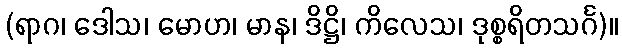
(ရာဂ၊ ဒေါသ၊ မောဟ၊ မာန၊ ဒိဋ္ဌိ၊ ကိလေသ၊ ဒုစ္စရိတသင်္ဂ)။